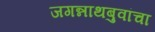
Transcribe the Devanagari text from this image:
जगन्नाथबुवांचा